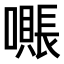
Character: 𫬖